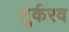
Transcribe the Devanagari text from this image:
मुर्करव